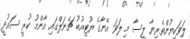
ލަވަކިޔުންތެރިޔާ ލީސާ މި ލަވަ އޭނާގެ ޔޫޓިއުބު ޗެނަލްގައި އާންމު ކުރީ ސައުދީ